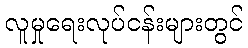
လူမှုရေးလုပ်ငန်းများတွင်